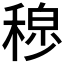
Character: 𫀾